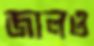
জালও